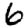
Digit: 6